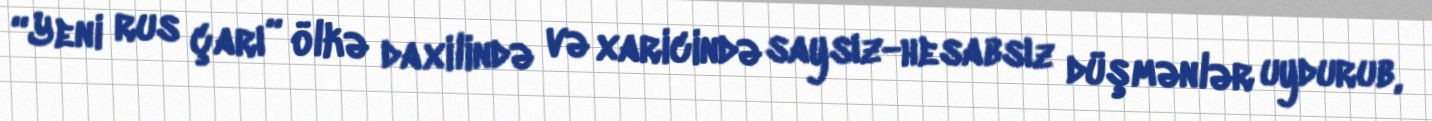
“Yeni rus çarı” ölkə daxilində və xaricində saysız-hesabsız düşmənlər uydurub,